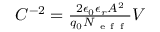
\begin{array} { r } { C ^ { - 2 } = \frac { 2 \epsilon _ { 0 } \epsilon _ { r } A ^ { 2 } } { q _ { 0 } N _ { \mathrm { ~ e ~ f ~ f ~ } } } V } \end{array}